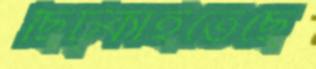
ছিট্‌কাইতেছে